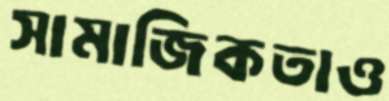
সামাজিকতাও